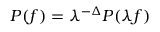
P ( f ) = \lambda ^ { - \Delta } P ( \lambda f )